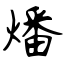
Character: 燔